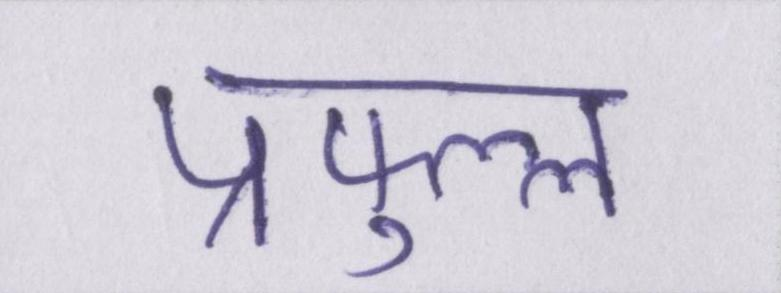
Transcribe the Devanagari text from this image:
प्रफुल्ल